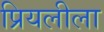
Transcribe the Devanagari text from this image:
प्रियलीला